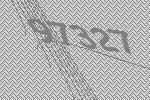
97327